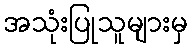
အသုံးပြုသူများမှ